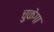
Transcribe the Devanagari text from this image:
चुकेगा